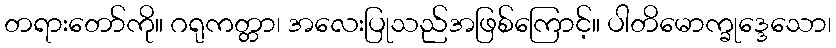
တရားတော်ကို။ ဂရုကတ္တာ၊ အလေးပြုသည်အဖြစ်ကြောင့်။ ပါတိမောက္ခုဒ္ဒေသော၊